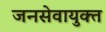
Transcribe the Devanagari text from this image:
जनसेवायुक्‍त